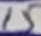
Text: 15